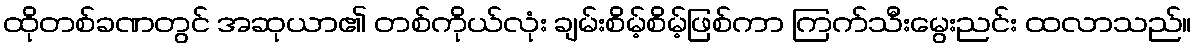
ထိုတစ်ခဏတွင် အဆုယာ၏ တစ်ကိုယ်လုံး ချမ်းစိမ့်စိမ့်ဖြစ်ကာ ကြက်သီးမွေးညင်း ထလာသည်။